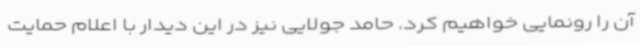
آن را رونمایی خواهیم کرد. حامد جولایی نیز در این دیدار با اعلام حمایت